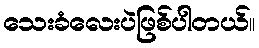
သေးခံလေးပဲဖြစ်ပါတယ်။